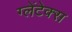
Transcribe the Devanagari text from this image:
ग्लेंटेक्स